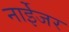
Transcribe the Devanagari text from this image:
नाईेजर